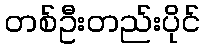
တစ်ဦးတည်းပိုင်